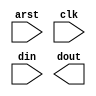
/*--  *******************************************************
--  Computer Architecture Course, Laboratory Sources 
--  Amirkabir University of Technology (Tehran Polytechnic)
--  Department of Computer Engineering (CE-AUT)
--  https://ce[dot]aut[dot]ac[dot]ir
--  *******************************************************
--  All Rights reserved (C) 2019-2020
--  *******************************************************
--  Student ID  : 
--  Student Name: 
--  Student Mail: 
--  *******************************************************
--  Additional Comments:
--
--*/

/*-----------------------------------------------------------
---  Module Name: Gas Detector Sensor
---  Description: Module2:
-----------------------------------------------------------*/
`timescale 1 ns/1 ns

module GasDetectorSensor (
	input        arst     , // async reset
	input        clk      , // clock posedge
	input        din      , // input data 
	output [2:0] dout       // output data
);

	/* write your code here */
	
	/* write your code here */

endmodule